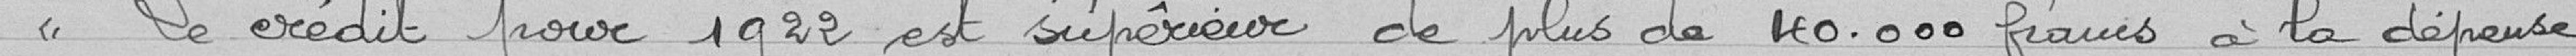
Le crédit pour 1922 est supérieur de plus de 40.000 francs à la dépense